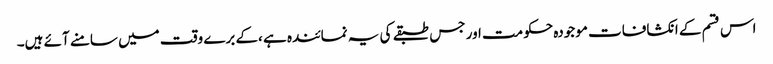
اس قسم کے انکشافات موجودہ حکومت اور جس طبقے کی یہ نمائندہ ہے ،کے برے وقت میں سامنے آئے ہیں۔